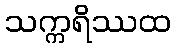
သက္ကရိဿထ